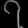
Digit: ၇